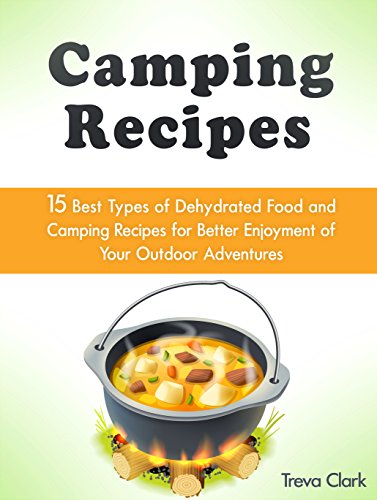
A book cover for Camping Recipes: 15 Best Types of Dehydrated Food and Camping Recipes for Better Enjoyment of Your Outdoor Adventures (Camping Recipes, Dehydrated Food, Outdoor Adventures); Treva Clark; Cookbooks, Food & Wine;